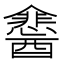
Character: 𮡉